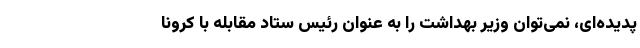
پدیده‌ای، نمی‌‌توان وزیر بهداشت را به عنوان رئیس ستاد مقابله با کرونا